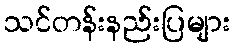
သင်တန်းနည်းပြများ